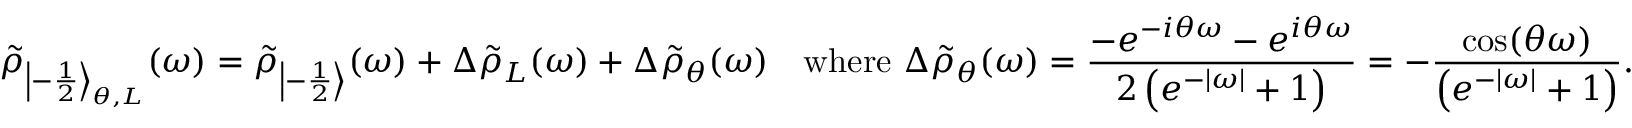
\tilde { \rho } _ { { \left| - \frac 1 2 \right\rangle } _ { \theta , L } } ( \omega ) = \tilde { \rho } _ { \left| - \frac 1 2 \right\rangle } ( \omega ) + \Delta \tilde { \rho } _ { L } ( \omega ) + \Delta \tilde { \rho } _ { \theta } ( \omega ) \quad \mathrm { w h e r e } ~ \Delta \tilde { \rho } _ { \theta } ( \omega ) = \frac { - e ^ { - i \theta \omega } - e ^ { i \theta \omega } } { 2 \left( e ^ { - | \omega | } + 1 \right) } = - \frac { \cos ( \theta \omega ) } { \left( e ^ { - | \omega | } + 1 \right) } .